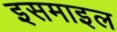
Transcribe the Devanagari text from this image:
इसमाइल